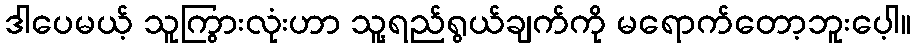
ဒါပေမယ့် သူကြွားလုံးဟာ သူ့ရည်ရွယ်ချက်ကို မရောက်တော့ဘူးပေ့ါ။